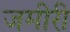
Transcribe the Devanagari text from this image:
जमीरी